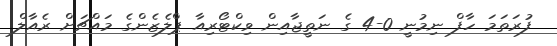
ފުރަތަމަ ހާފް ނިމުނީ 0-4 ގެ ނަތީޖާއިން ވިކްޓޯރިއާ ޕްލެޒެންގެ މައްޗަށް ރެއާލް